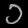
Digit: ၁